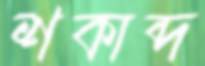
শকাব্দ